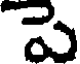
పె